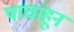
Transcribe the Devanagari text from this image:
पाचांहून